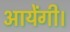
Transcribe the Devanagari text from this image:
आयेंगी।